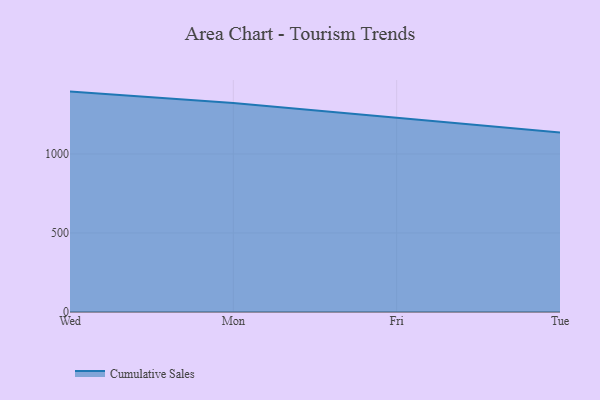
{"axis": {"x": "Day", "y": "Market Share (%)"}, "legend": ["Cumulative Sales"], "data": [{"x": "Wed", "y": 1394.7, "type": "Cumulative Sales"}, {"x": "Mon", "y": 1322.2, "type": "Cumulative Sales"}, {"x": "Fri", "y": 1228.6, "type": "Cumulative Sales"}, {"x": "Tue", "y": 1136.4, "type": "Cumulative Sales"}]}